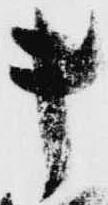
キ